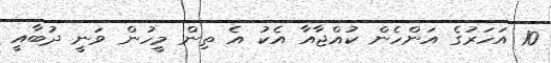
10 އަހަރުގެ އަންހެން ކުއްޖާއާ އެކު އެ ތިން މީހުން ވަނީ ދުބާއީ